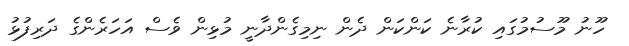
ހޫނު މޫސުމުގައި ކުރާނެ ކަންކަން ދެން ނިމިގެންދާނީ މުޅިން ވެސް އަހަރެންގެ ދަރިފުޅު